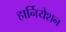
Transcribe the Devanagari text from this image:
हार्नियेशन